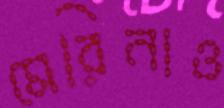
মেরিনাও